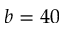
b = 4 0